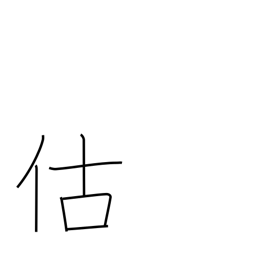
Meaning: business